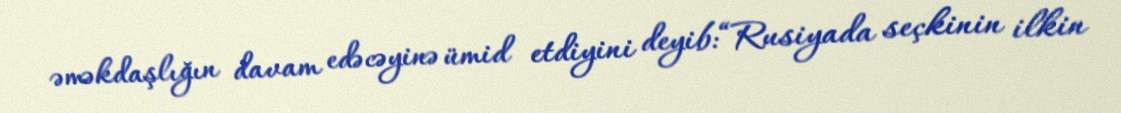
əməkdaşlığın davam edəcəyinə ümid etdiyini deyib:“Rusiyada seçkinin ilkin